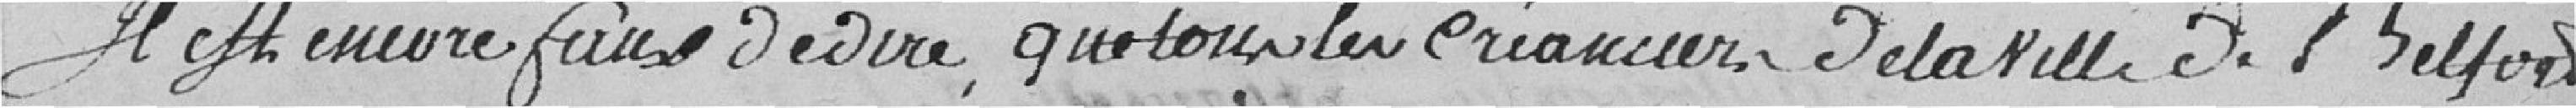
Il est encore faux de dire, que tous les créanciers de la ville de Belfort